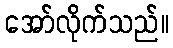
အော်လိုက်သည်။